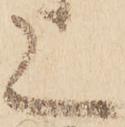
上